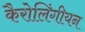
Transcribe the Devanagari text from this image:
कैरोलिंगीयन